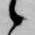
候